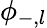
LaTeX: \phi_{-,l}